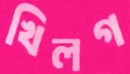
খিলগ